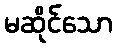
မဆိုင်သော